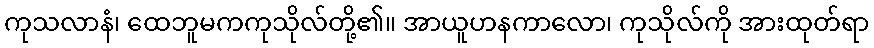
ကုသလာနံ၊ ထေဘူမကကုသိုလ်တို့၏။ အာယူဟနကာလော၊ ကုသိုလ်ကို အားထုတ်ရာ